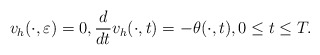
\begin{align*} v_h(\cdot,\varepsilon)=0,\frac{d}{dt}v_h(\cdot,t)=-\theta(\cdot,t), 0\leq t \leq T.\end{align*}